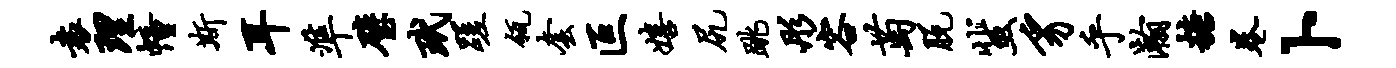
袁理幢斯耳准璧玳蹉瓴套叵嬉尻跳彤容萄脱蜚豸乎瀚糖卷卜